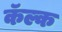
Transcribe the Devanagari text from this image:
कॅल्क